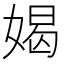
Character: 𫱊